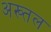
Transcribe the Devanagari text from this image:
अख्तल